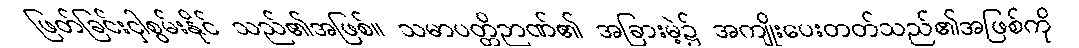
ဖြတ်ခြင်းငှါစွမ်းနိုင် သည်၏အဖြစ်။ သမာပတ္တိဉာဏ်၏ အခြားမဲ့၌ အကျိုးပေးတတ်သည်၏အဖြစ်ကို